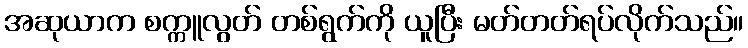
အဆုယာက စက္ကူလွတ် တစ်ရွက်ကို ယူပြီး မတ်တတ်ရပ်လိုက်သည်။